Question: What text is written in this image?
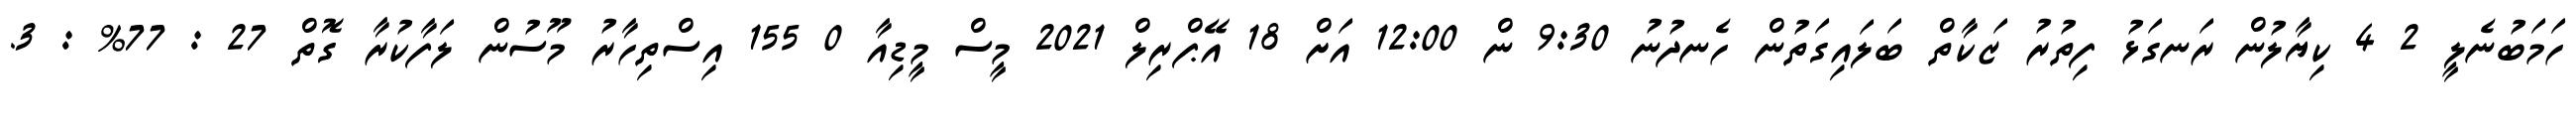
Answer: ހަމަބުނެލީ 2 4 ކިޔާލުން ރަނގަޅު ފިތުރު ޒަކާތް ބަލައިގަތުން ހެނދުނު 9:30 ން 12:00 އަށް 18 އޭޕްރިލް 2021 މީސް މީޑިއާ 0 155 އިސްތިހާރު މޫސުން ލަފާކުރާ ގޮތް 27 : 77% : 3.